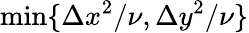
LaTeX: \operatorname*{min}\{ \Delta x^{2}/\nu,\Delta y^{2}/\nu\}